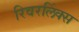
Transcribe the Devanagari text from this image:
रिवरलिंक्स